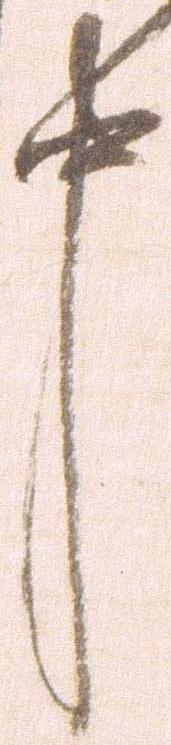
中